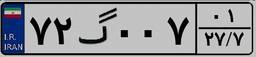
۷۲گ۰۰۷۰۱